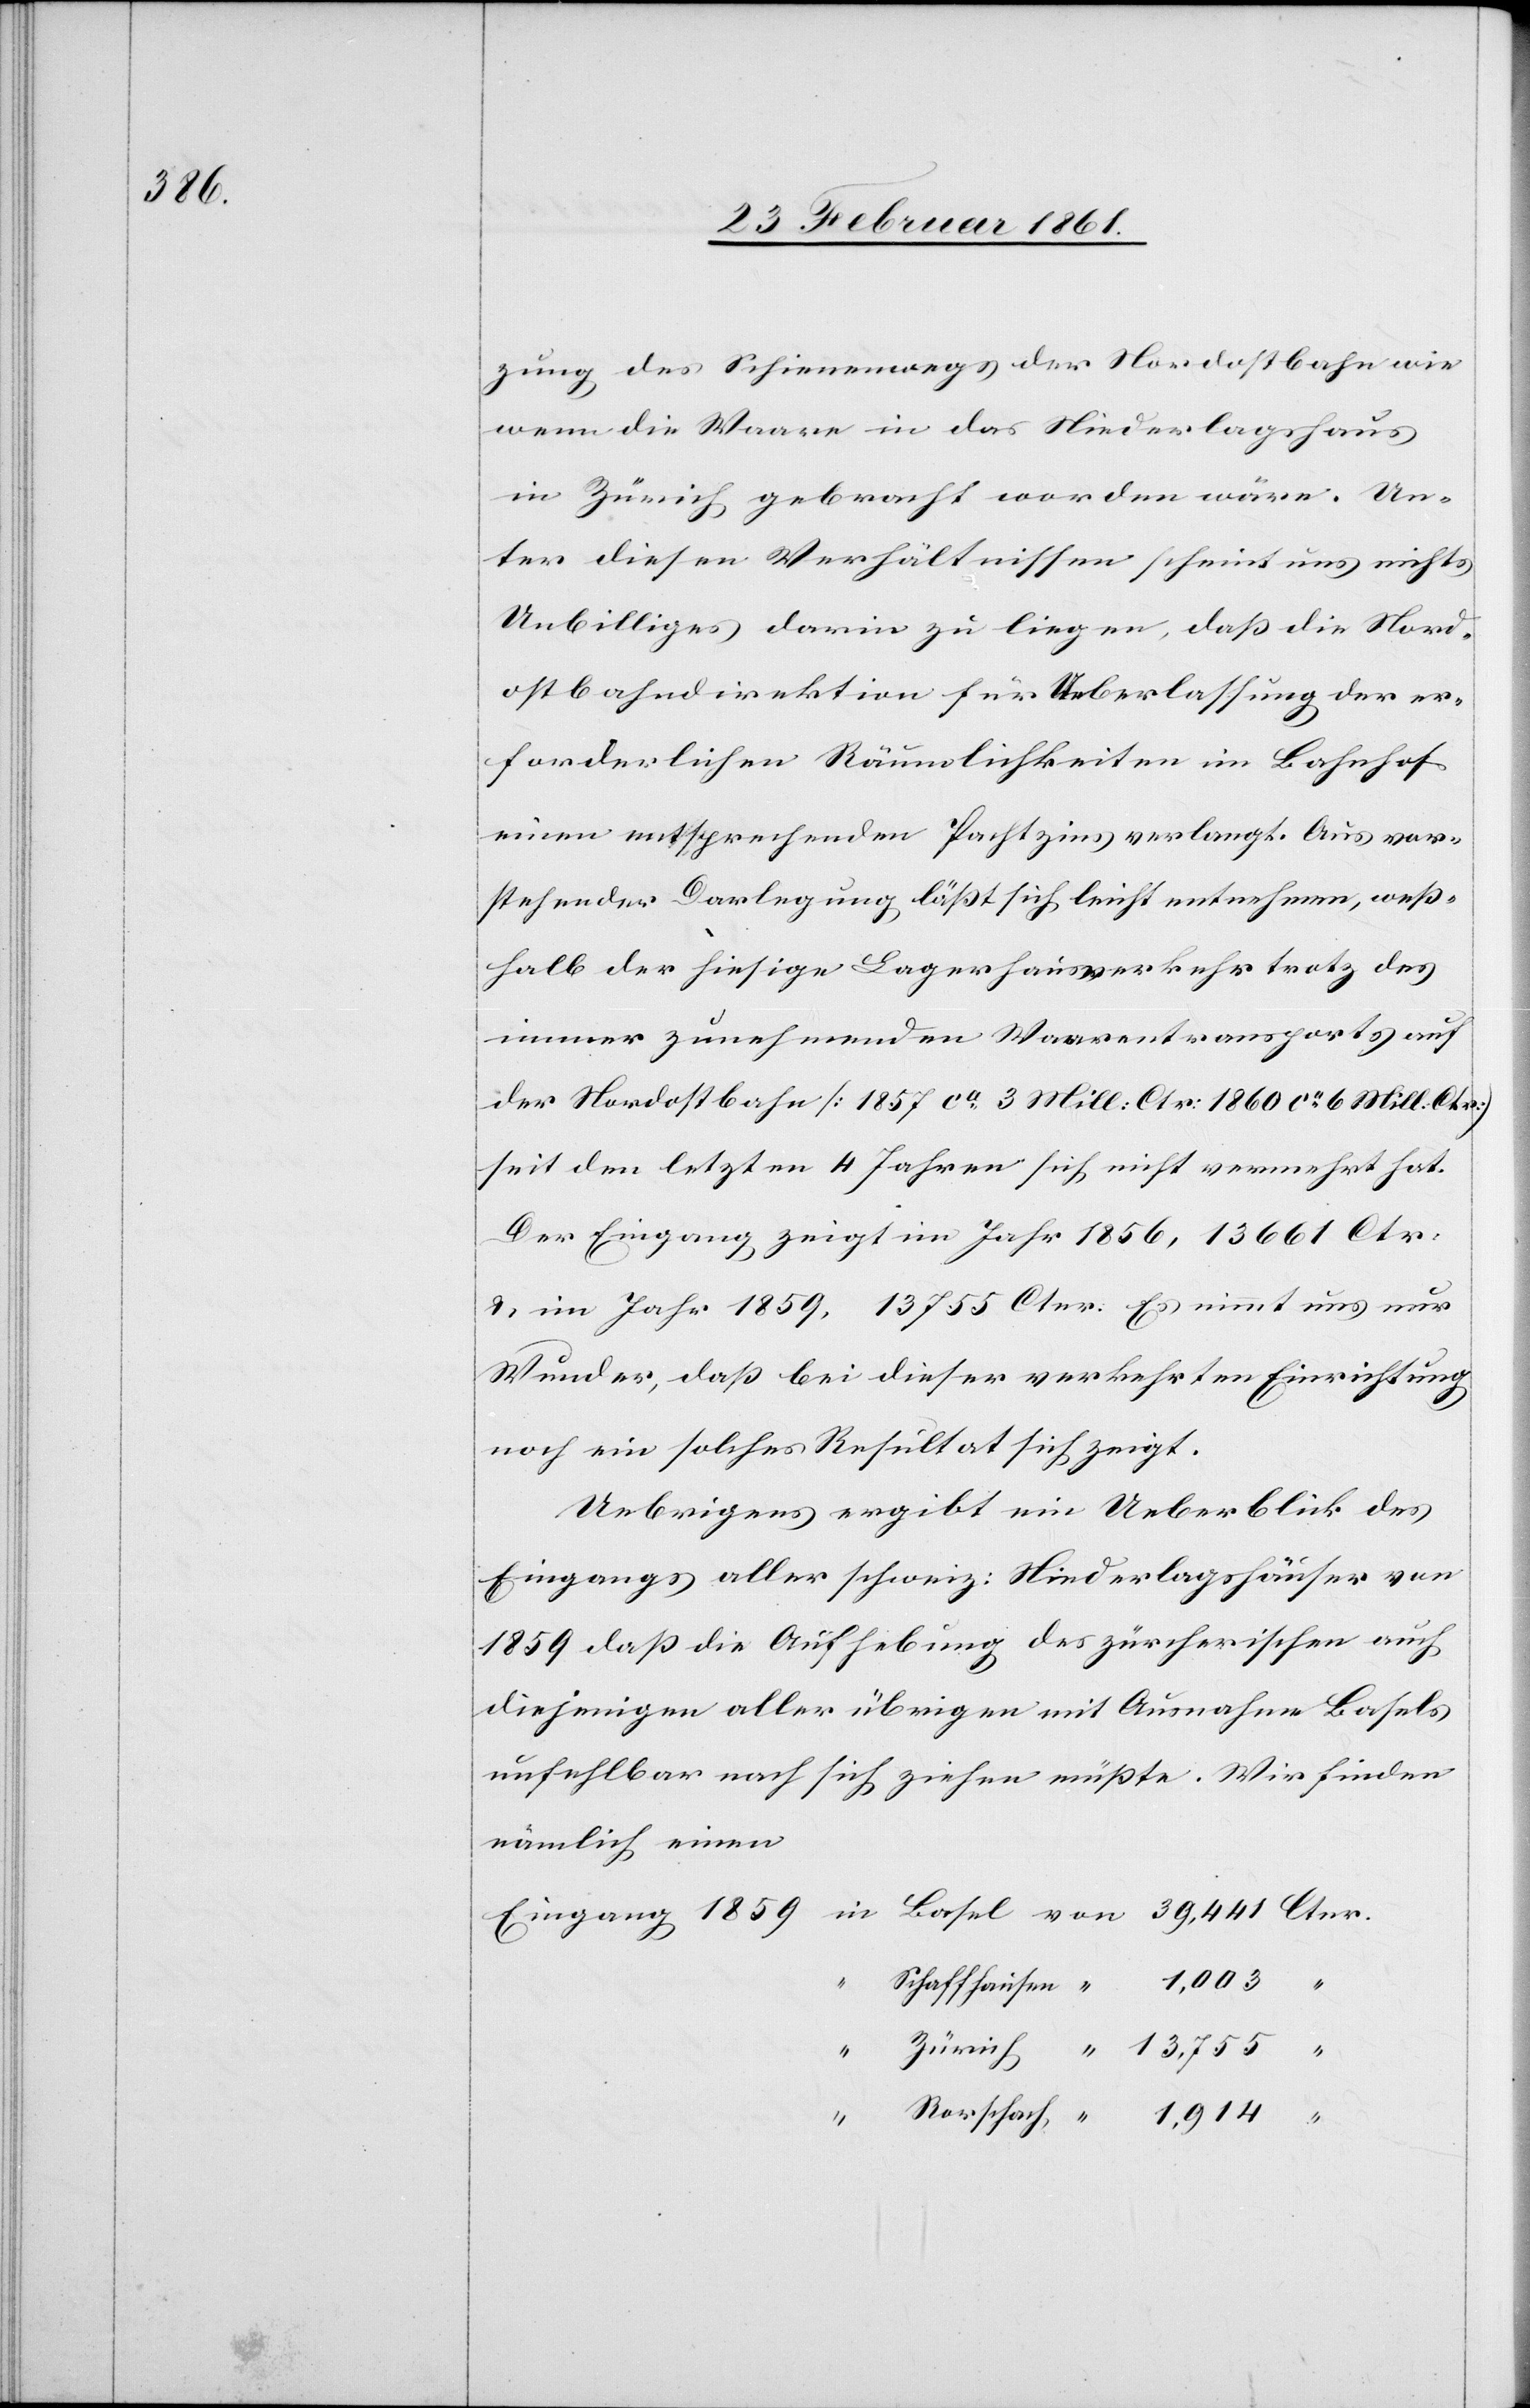
39,441

zung des Schienenwegs der Nordostbahn wie
wenn die Waare in das Niederlagshaus
in Zürich gebracht worden wäre. Un¬
ter diesen Verhältnissen scheint uns nichts
Unbilliges darin zu liegen, dass die Nord¬
ostbahndirektion für Ueberlassung der er¬
forderlichen Räumlichkeiten im Bahnhof
einen entsprechenden Pachtzins verlangt. Aus vor¬
stehender Darlegung lässt sich leicht entnehmen, wess¬
halb der hiesige Lagerhausverkehr trotz des
immer zunehmenden Waarentransports auf
der Nordostbahn [1857 ca 3 Mill: Ctr. 1860 ca 6 Mill. Ctr.]
seit den letzten 4 Jahren sich nicht vermehrt hat.
Der Eingang zeigt im Jahr 1856, 13 661 Ctr.
u. im Jahr 1859, 13 755 Ctnr. Es nimmt uns nur
Wunder, dass bei dieser verkehrten Einrichtung
noch ein solches Resultat sich zeigt.
Uebrigens ergibt ein Ueberblick des
Eingangs aller schweiz: Niederlagshäuser von
1859 dass die Aufhebung des zürcherischen auch
diejenigen aller übrigen mit Ausnahme Basels
unfehlbar nach sich ziehen müsste. Wir finden
nämlich, einen